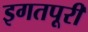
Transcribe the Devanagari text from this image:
इगतपूरी